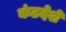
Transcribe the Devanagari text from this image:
कंठदेशे